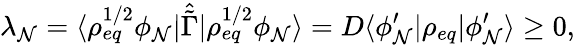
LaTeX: \lambda_{\mathcal{N}}=\langle\rho_{eq}^{1/2}\phi_{\mathcal{N}}\rvert\hat{{\tilde{{\Gamma}}}}\lvert\rho_{eq}^{1/2}\phi_{\mathcal{N}}\rangle=D\langle\phi_{\mathcal{N}}^{\prime}\rvert\rho_{eq}\lvert\phi_{\mathcal{N}}^{\prime}\rangle\ge0,